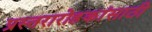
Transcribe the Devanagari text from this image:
प्रस्तरारोहकांसाठी